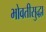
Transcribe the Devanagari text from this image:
भोवतीसुद्धा